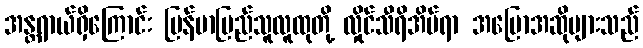
အန္တရာယ်ရှိကြောင်း မြန်မာပြည်သူလူထုတို့ လှိုင်သီရိအိမ်ရာ အပြောအဆိုများသည်